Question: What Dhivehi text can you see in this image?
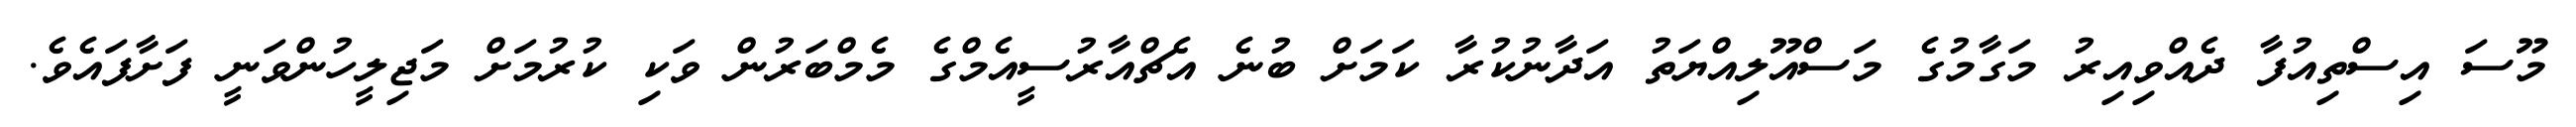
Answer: މޫސަ އިސްތިއުފާ ދެއްވިއިރު މަގާމުގެ މަސްއޫލިއްޔަތު އަދާނުކުރާ ކަމަށް ބުނެ އެޗްއާރުސީއެމްގެ މެމްބަރުން ވަކި ކުރުމަށް މަޖިލީހުންވަނީ ފަށާފައެވެ.